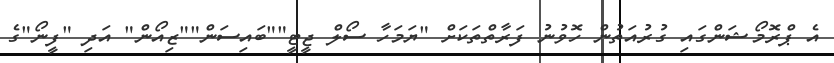
އެ ޕްރޮމޯޝަންގައި ގުރުއަތުން ހޮވުނު ފަރާތްތަކަށް "ޔަމަހާ ސޯލް ޖީޓީ""ބައިސަން""ޒިއޯން" އަދި "ފީނޯ"ގެ